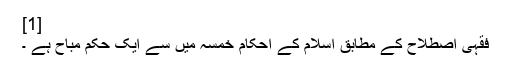
[1]
فقہی اصطلاح کے مطابق اسلام کے احکام خمسہ میں سے ایک حکم مباح ہے ۔